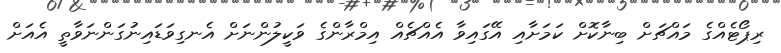
ރިޕޯޓެއްގެ މައްޗަށް ބިނާކޮށް ކަމަށާއި އޭގައިވާ އެއްޗެއް އިމްރާންގެ ވަކީލުންނަށް އެނގިވަޑައިނުގަންނަވާތީ އެއަށް